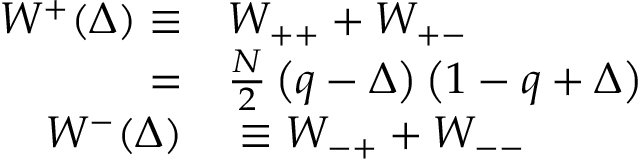
\begin{array} { r l } { W ^ { + } ( \Delta ) \equiv } & { { } W _ { + + } + W _ { + - } } \\ { = } & { { } \frac { N } { 2 } \left( q - \Delta \right) \left( 1 - q + \Delta \right) } \\ { W ^ { - } ( \Delta ) } & { { } \equiv W _ { - + } + W _ { -- } } \end{array}